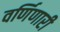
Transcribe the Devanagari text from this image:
वर्णिणारी